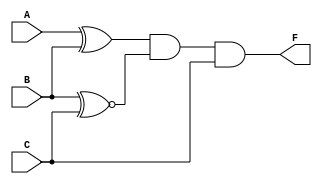
module circuit (
    input A, B, C,
    output F
);
    assign F = (A^B) & (B~^C) & C;
endmodule